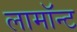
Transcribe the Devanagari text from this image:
लामॉन्ट